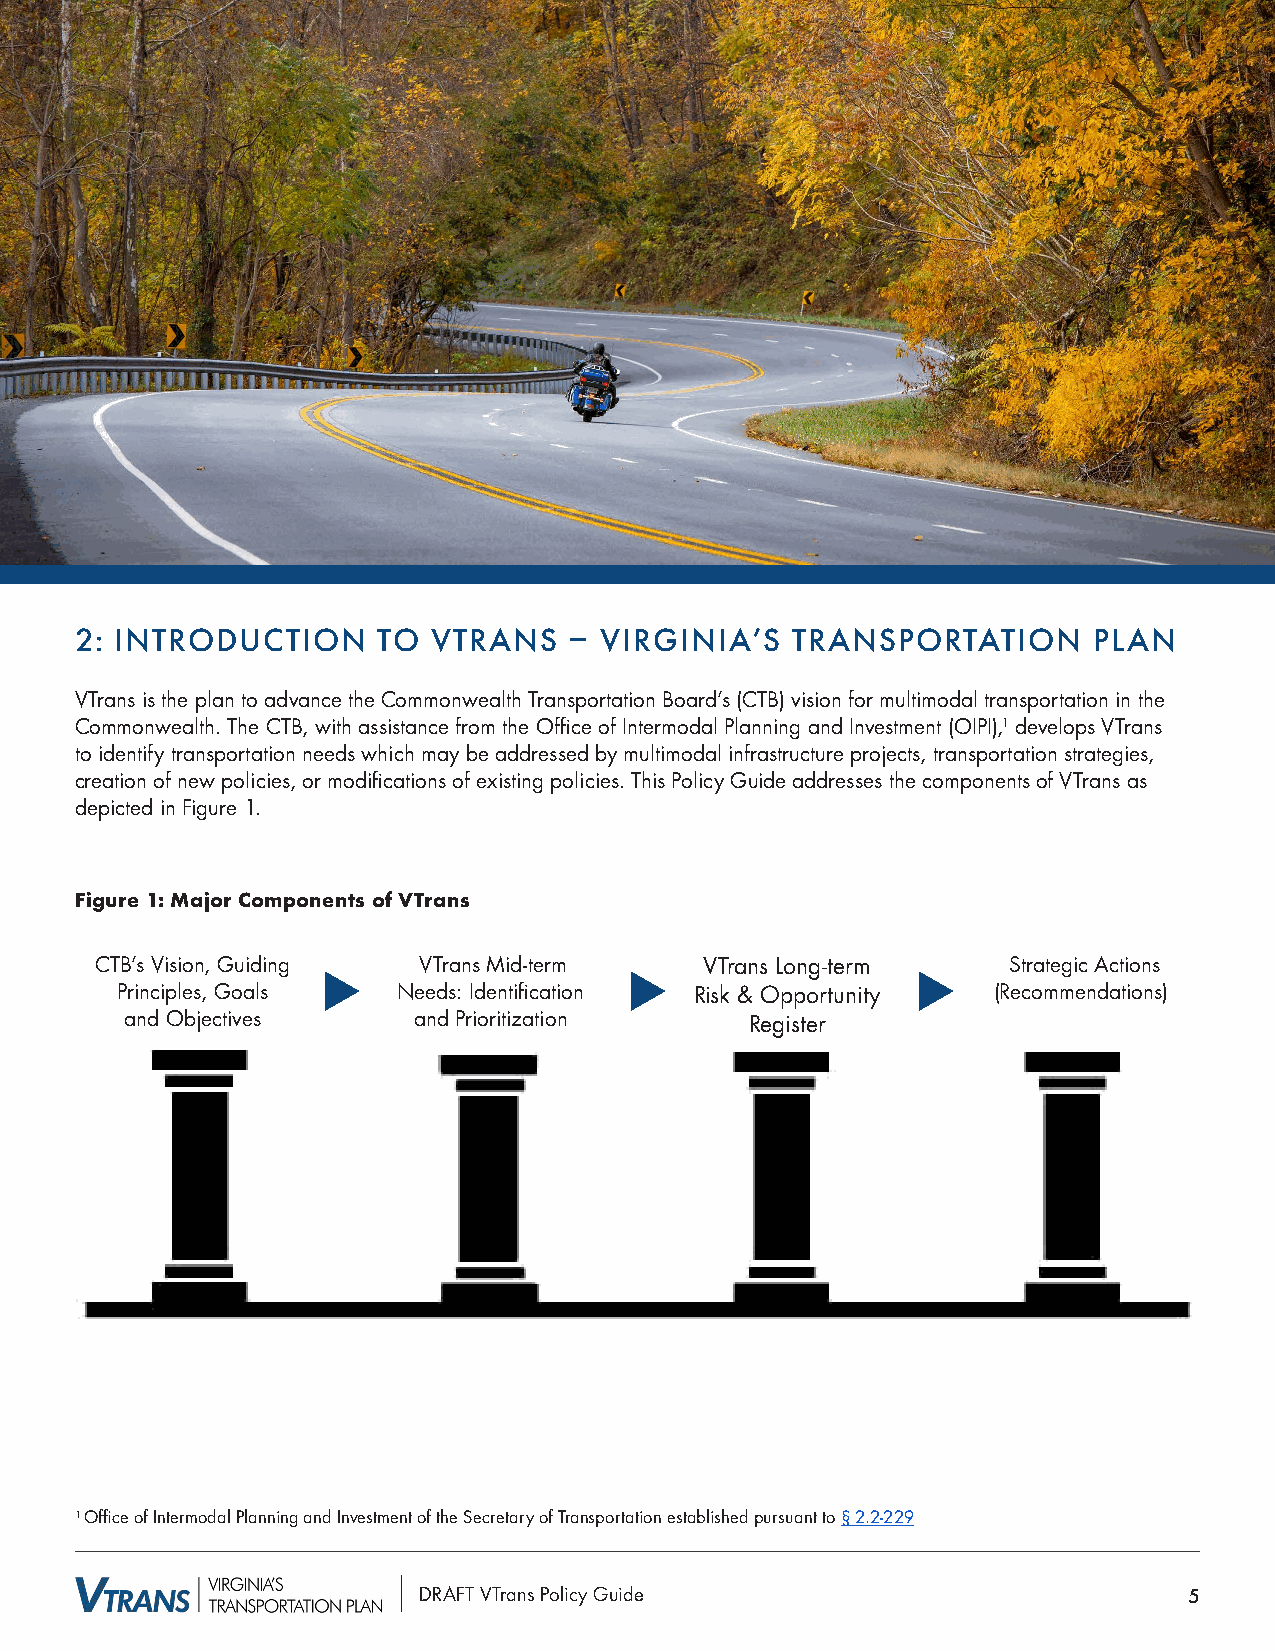
2: INTRODUCTION     TO  VTRANS   – VIRGINIA’S  TRANSPORTATION      PLAN
 VTrans is the plan to advance the Commonwealth Transportation Board’s (CTB) vision for multimodal transportation in the
 Commonwealth. The CTB, with assistance from the Office of Intermodal Planning and Investment (OIPI),1 develops VTrans
 to identify transportation needs which may be addressed by multimodal infrastructure projects, transportation strategies,
 creation of new policies, or modifications of existing policies. This Policy Guide addresses the components of VTrans as
 depicted in Figure 1.
 Figure 1: Major Components of VTrans
 CTB’s Vision, Guiding VTrans Mid-term    VTrans Long-term    Strategic Actions
 u                    u                  u
 Principles, Goals Needs: Identification Risk & Opportunity (Recommendations)
 and Objectives     and Prioritization     Register
 1 Office of Intermodal Planning and Investment of the Secretary of Transportation established pursuant to § 2.2-229
 DRAFT VTrans Policy Guide                          5